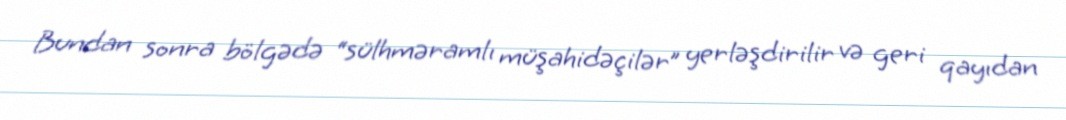
Bundan sonra bölgədə “sülhməramlı müşahidəçilər” yerləşdirilir və geri qayıdan